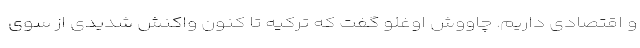
و اقتصادی داریم. چاووش اوغلو گفت که ترکیه تا کنون واکنش شدیدی از سوی